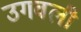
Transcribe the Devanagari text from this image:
उगवली